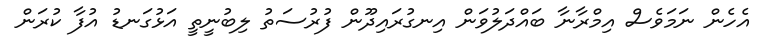
އެހެން ނަމަވެސް އިމްރާނާ ބައްދަލުވަން އިނގުރައިދޫން ފުރުސަތު ލިބުނީތީ އަޅުގަނޑު އުފާ ކުރަން